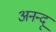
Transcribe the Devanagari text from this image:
अनन्‍दू